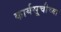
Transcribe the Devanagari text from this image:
कार्यसूचीच्या